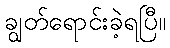
ချွတ်ရောင်းခဲ့ရပြီ။